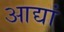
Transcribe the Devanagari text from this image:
आद्यां